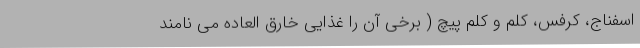
اسفناج، کرفس، کلم و کلم پیچ ( برخی آن را غذایی خارق العاده می نامند